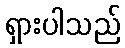
ရှားပါသည်